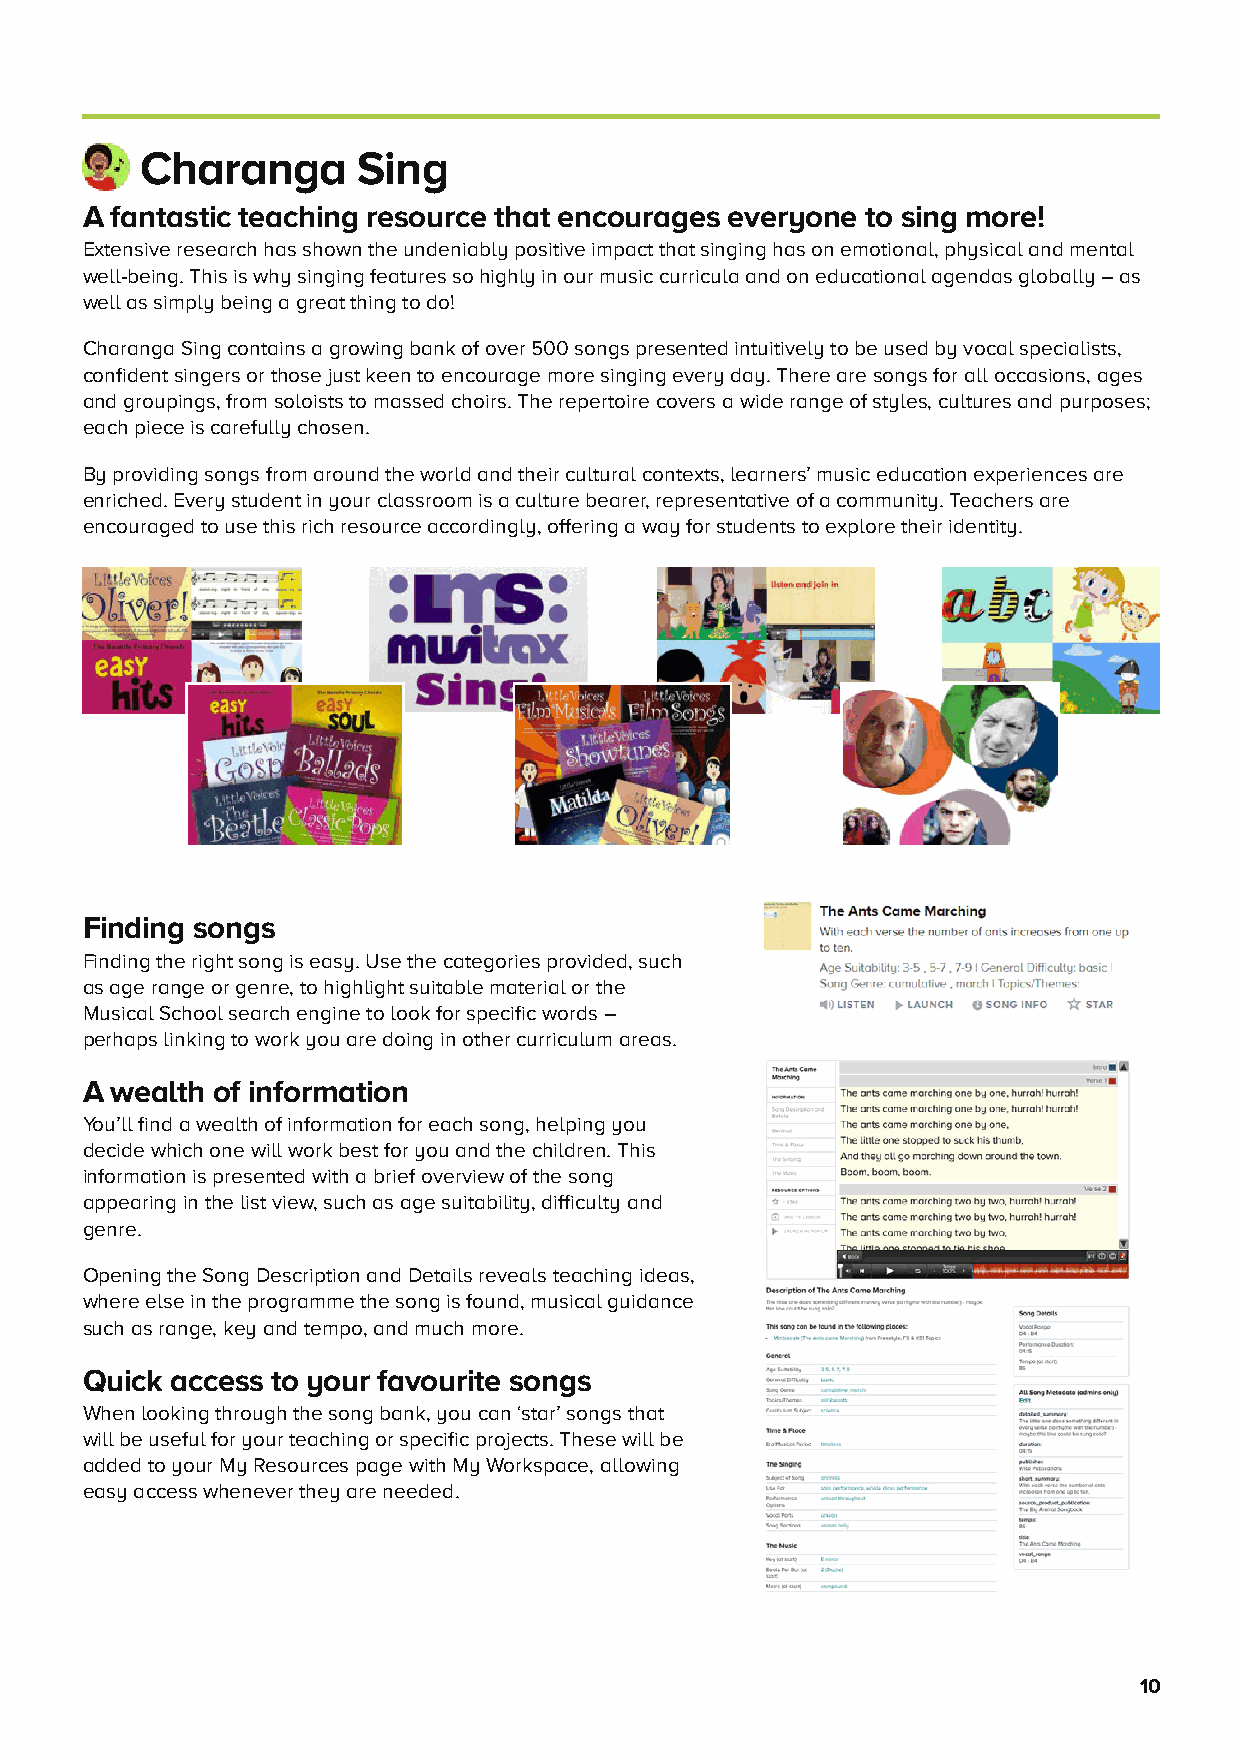
Charanga       Sing
 A fantastic teaching resource that encourages everyone to sing more!
 Extensive research has shown the undeniably positive impact that singing has on emotional, physical and mental
 well-being. This is why singing features so highly in our music curricula and on educational agendas globally – as
 well as simply being a great thing to do!
 Charanga Sing contains a growing bank of over 500 songs presented intuitively to be used by vocal specialists,
 confident singers or those just keen to encourage more singing every day. There are songs for all occasions, ages
 and groupings, from soloists to massed choirs. The repertoire covers a wide range of styles, cultures and purposes;
 each piece is carefully chosen.
 By providing songs from around the world and their cultural contexts, learners’ music education experiences are
 enriched. Every student in your classroom is a culture bearer, representative of a community. Teachers are
 encouraged to use this rich resource accordingly, offering a way for students to explore their identity.
 Finding songs
 Finding the right song is easy. Use the categories provided, such
 as age range or genre, to highlight suitable material or the
 Musical School search engine to look for specific words –
 perhaps linking to work you are doing in other curriculum areas.
 A wealth of information
 You’ll find a wealth of information for each song, helping you
 decide which one will work best for you and the children. This
 information is presented with a brief overview of the song
 appearing in the list view, such as age suitability, difficulty and
 genre.
 Opening the Song Description and Details reveals teaching ideas,
 where else in the programme the song is found, musical guidance
 such as range, key and tempo, and much more.
 Quick access to your favourite songs
 When looking through the song bank, you can ‘star’ songs that
 will be useful for your teaching or specific projects. These will be
 added to your My Resources page with My Workspace, allowing
 easy access whenever they are needed.
 10